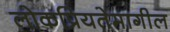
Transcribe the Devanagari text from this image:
लोकप्रियतेमागील